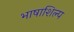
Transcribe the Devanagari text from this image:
भाषाशिल्प